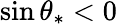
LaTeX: \sin\theta_{\ast}<0